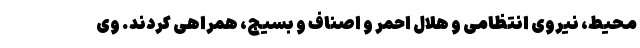
محیط، نیروی انتظامی و هلال احمر و اصناف و بسیج، همراهی کردند. وی